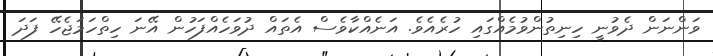
ވަންނަން ދެވުނީ ހިނިތުންވުމެއްގައި ހުރެއެވެ. އަނެއްކާވެސް އެތައް ދުވަހެއްފަހުން އޭނަ ހިތްހަމަޖެހޭ ފަދަ